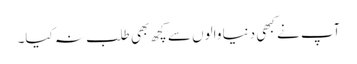
آپ نے کبھی دنیا والوں سے کچھ بھی طلب نہ کیا۔